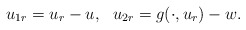
\begin{align*} u_{1r}=u_r-u, \ \ u_{2r}=g(\cdot,u_r)-w.\end{align*}